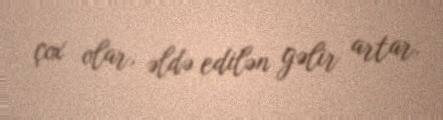
çox olar, əldə edilən gəlir artar.